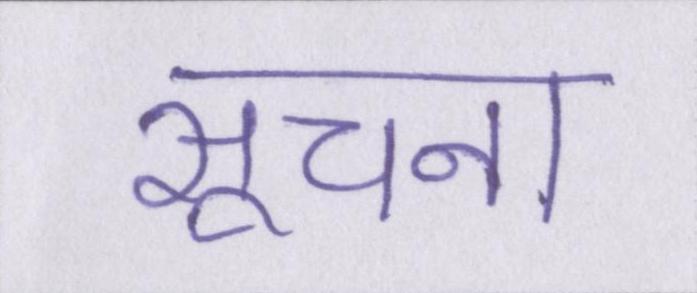
सूचना